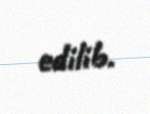
edilib.